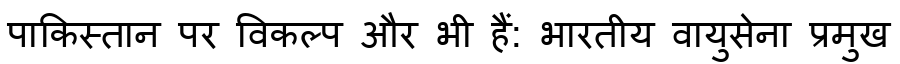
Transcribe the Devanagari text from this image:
पाकिस्तान पर विकल्प और भी हैं: भारतीय वायुसेना प्रमुख